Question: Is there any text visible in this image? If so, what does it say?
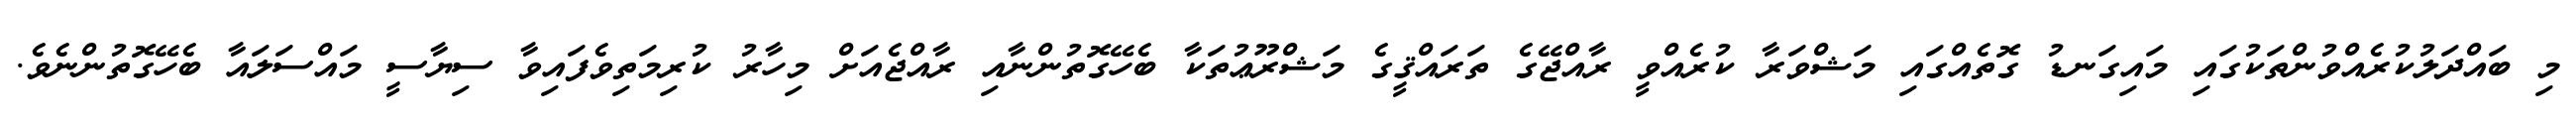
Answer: މި ބައްދަލުކުރެއްވުންތަކުގައި މައިގަނޑު ގޮތެއްގައި މަޝްވަރާ ކުރެއްވީ ރާއްޖޭގެ ތަރައްޤީގެ މަޝްރޫޢުތަކާ ބެހޭގޮތުންނާއި ރާއްޖެއަށް މިހާރު ކުރިމަތިވެފައިވާ ސިޔާސީ މައްސަލައާ ބެހޭގޮތުންނެވެ.